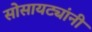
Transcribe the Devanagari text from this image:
सोसायट्यांनी